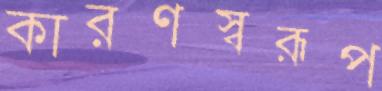
কারণস্বরূপ